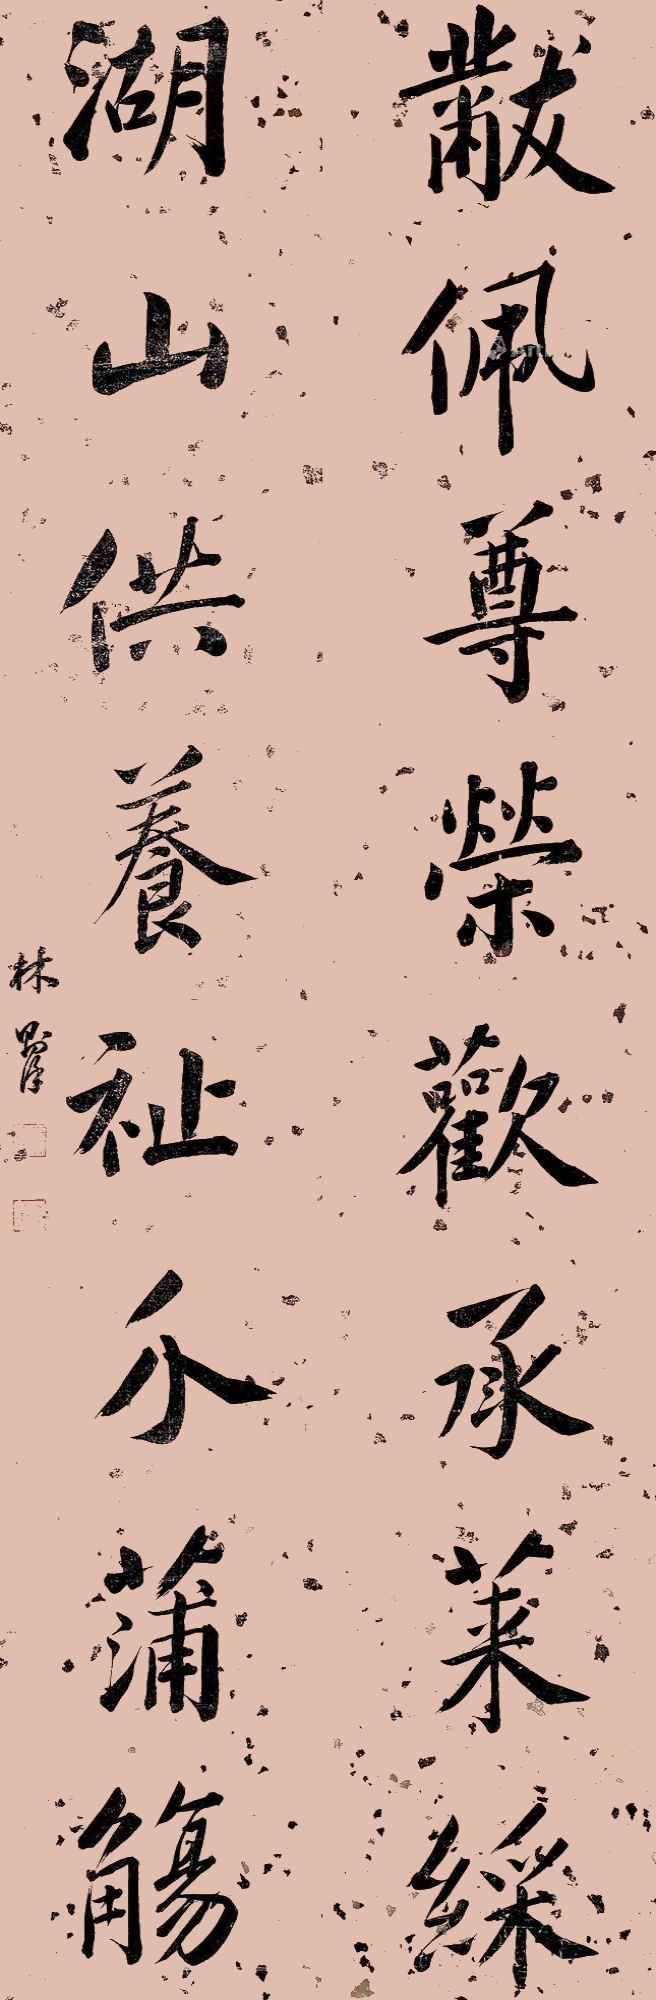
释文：黻佩尊荣欢承莱䌽，湖山供养祉介蒲觞。林则徐。